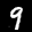
Label: 9